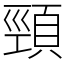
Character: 頸